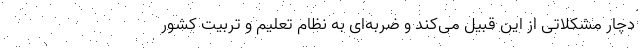
دچار مشکلاتی از این قبیل می‌کند و ضربه‌ای به نظام تعلیم و تربیت کشور